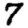
Digit: 7